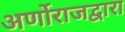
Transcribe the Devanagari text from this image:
अर्णोराजद्वारा